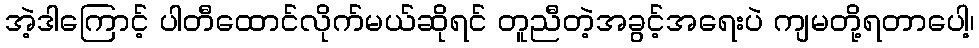
အဲ့ဒါကြောင့် ပါတီထောင်လိုက်မယ်ဆိုရင် တူညီတဲ့အခွင့်အရေးပဲ ကျမတို့ရတာပေါ့၊